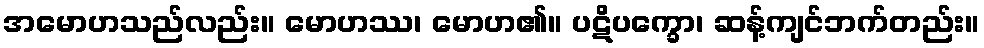
အမောဟသည်လည်း။ မောဟဿ၊ မောဟ၏။ ပဋိပက္ခော၊ ဆန့်ကျင်ဘက်တည်း။